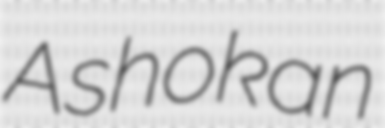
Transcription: Ashokan